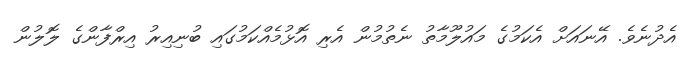
އެދުނެވެ. އޭނައަށް އެކަމުގެ މައުލޫމާތު ނެތުމުން އެރި އޮޅުމެއްކަމުގައި ބުނިއިރު އިރްފާންގެ ލޮލުން